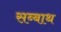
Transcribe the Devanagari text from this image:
सब्‍बाथ